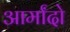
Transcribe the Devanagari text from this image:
आर्मांदो